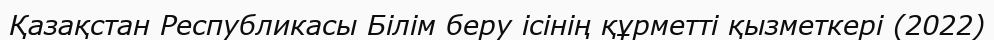
Қазақстан Республикасы Білім беру ісінің құрметті қызметкері (2022)